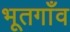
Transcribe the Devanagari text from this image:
भूतगाँव